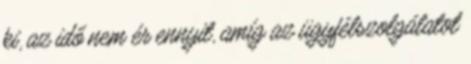
ki, az idő nem ér ennyit, amíg az ügyfélszolgálatot